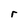
Character: r